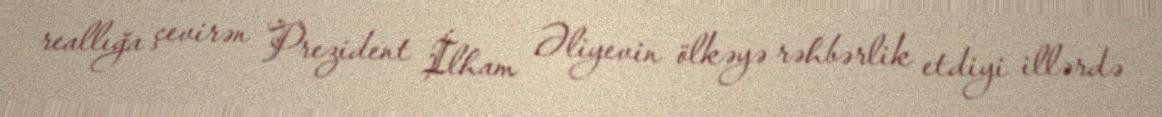
reallığa çevirən Prezident İlham Əliyevin ölkəyə rəhbərlik etdiyi illərdə